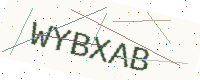
Text: WYBXAB